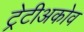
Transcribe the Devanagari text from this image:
ट्रेटीअकोव